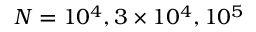
N = 1 0 ^ { 4 } , 3 \times 1 0 ^ { 4 } , 1 0 ^ { 5 }